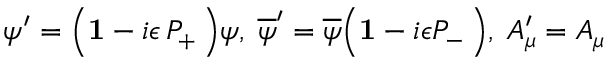
\psi ^ { \prime } = \Big ( { \bf 1 } - i \epsilon \, P _ { + } \, \Big ) \psi , \; { \overline { { \psi } } } ^ { \prime } = { \overline { { \psi } } } \Big ( { \bf 1 } - i \epsilon P _ { - } \, \Big ) , \; A _ { \mu } ^ { \prime } = A _ { \mu }